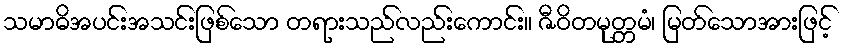
သမာဓိအပင်းအသင်းဖြစ်သော တရားသည်လည်းကောင်း။ ဇီဝိတမုတ္တမံ၊ မြတ်သောအားဖြင့်